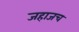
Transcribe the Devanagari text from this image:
जहाजच